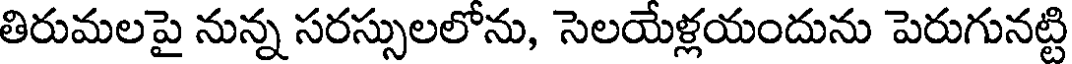
తిరుమలపై నున్న సరస్సులలోను, సెలయేళ్లయందును పెరుగునట్టి